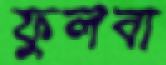
ফুলবা